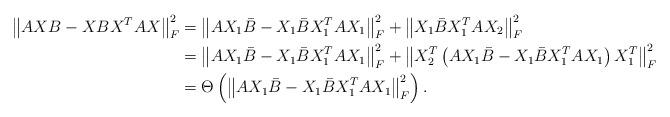
LaTeX: \begin{align*}\left\| AXB - XBX^TAX \right\|_F^2 &= \left\| AX_1\bar{B} - X_1\bar{B}X_1^TAX_1 \right\|_F^2 + \left\|X_1\bar{B}X_1^TAX_2\right\|_F^2 \\&= \left\| AX_1\bar{B} - X_1\bar{B}X_1^TAX_1 \right\|_F^2 + \left\| X_2^T\left( AX_1\bar{B} - X_1\bar{B}X_1^TAX_1 \right)X_1^T \right\|_F^2 \\&= \Theta\left( \left\| AX_1\bar{B} - X_1\bar{B}X_1^TAX_1 \right\|_F^2 \right).\end{align*}